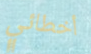
أخطائي